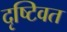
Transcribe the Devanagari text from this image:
दृष्टिवत